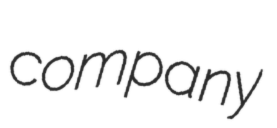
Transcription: company